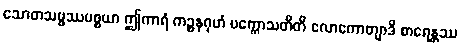
သောတသမ္ဖဿပစ္စယာ ဤကာရံ ကဉ္စနဂုဟံ ပက္ကောသတီတိ လောကောတျာဒိ စာရေန္တဿ